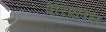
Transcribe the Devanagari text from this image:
पेरिएलन